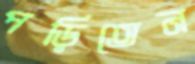
পড়িতেন